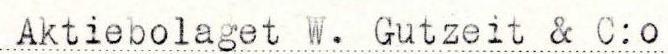
Aktiebolaget W. Gutzeit & C:o